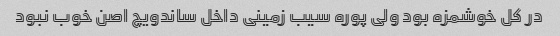
در کل خوشمزه بود ولی پوره سیب زمینی داخل ساندویچ اصن خوب نبود